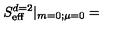
S _ { \mathrm { e f f } } ^ { d = 2 } | _ { m = 0 ; \mu = 0 } =